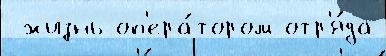
 жизнь оп'ера́тором отр'я́да